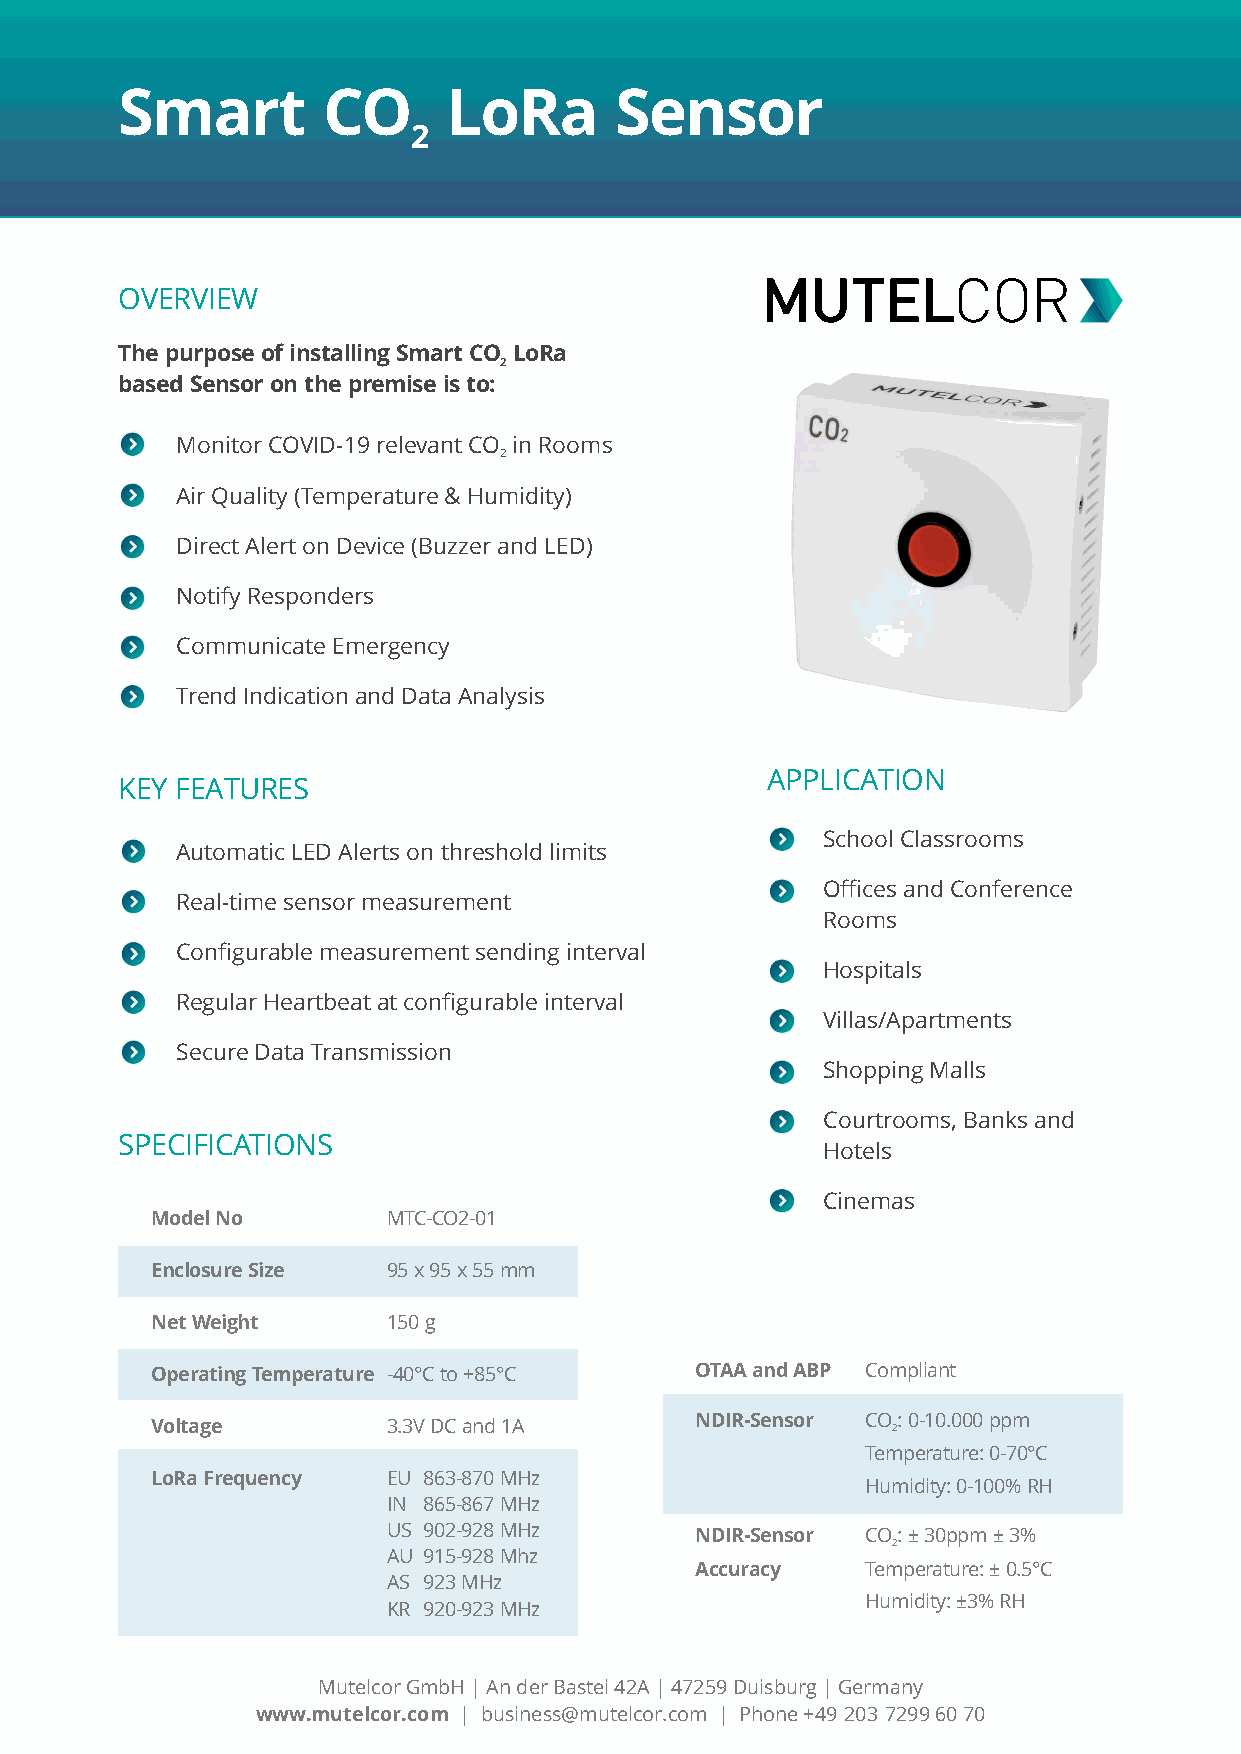
Smart        CO      LoRa        Sensor
 2
 OVERVIEW
 The purpose of installing Smart CO LoRa
 2
 based Sensor on the premise is to:
 Monitor COVID-19 relevant CO in Rooms
 2
 Air Quality (Temperature & Humidity)
 Direct Alert on Device (Buzzer and LED)
 Notify Responders
 Communicate Emergency
 Trend Indication and Data Analysis
 APPLICATION
 KEY FEATURES
 School Classrooms
 Automatic LED Alerts on threshold limits
 Offices and Conference
 Real-time sensor measurement
 Rooms
 Configurable measurement sending interval
 Hospitals
 Regular Heartbeat at configurable interval
 Villas/Apartments
 Secure Data Transmission
 Shopping Malls
 Courtrooms, Banks and
 SPECIFICATIONS
 Hotels
 Cinemas
 Model No        MTC-CO2-01
 Enclosure Size  95 x 95 x 55 mm
 Net Weight      150 g
 Operating Temperature -40°C to +85°C OTAA and ABP Compliant
 Voltage         3.3V DC and 1A      NDIR-Sensor CO 2: 0-10.000 ppm
 Temperature: 0-70°C
 LoRa Frequency  EU 863-870 MHz
 Humidity: 0-100% RH
 IN 865-867 MHz
 US 902-928 MHz      NDIR-Sensor CO: ± 30ppm ± 3%
 2
 AU 915-928 Mhz
 Accuracy   Temperature: ± 0.5°C
 AS 923 MHz
 Humidity: ±3% RH
 KR 920-923 MHz
 Mutelcor GmbH | An der Bastei 42A | 47259 Duisburg | Germany
 www.mutelcor.com | business@mutelcor.com | Phone +49 203 7299 60 70